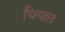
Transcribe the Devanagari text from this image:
घियात